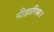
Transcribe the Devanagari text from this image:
नीहारिक।